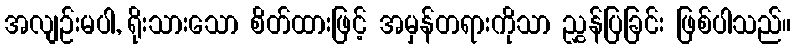
အလျဉ်းမပါ, ရိုးသားသော စိတ်ထားဖြင့် အမှန်တရားကိုသာ ညွှန်ပြခြင်း ဖြစ်ပါသည်။